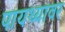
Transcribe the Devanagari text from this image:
पायथ्यावर